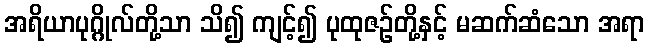
အရိယာပုဂ္ဂိုလ်တို့သာ သိ၍ ကျင့်၍ ပုထုဇဉ်တို့နှင့် မဆက်ဆံသော အရာ